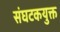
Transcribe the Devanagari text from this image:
संघटकयुक्त